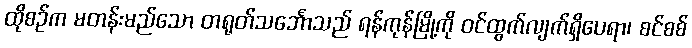
ထိုစဉ်က မတန်းမည်သော တရုတ်သင်္ဘောသည် ရန်ကုန်မြို့ကို ဝင်ထွက်လျက်ရှိပေရာ၊ စင်စစ်